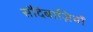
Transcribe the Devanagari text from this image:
सौदेबाज़ियाँ